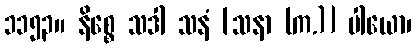
၁၁၅၃။ နိစ္စေ သဒါ သနံ [သနာ (က.)] ပါယော၊